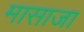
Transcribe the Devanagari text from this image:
मासाजा